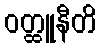
ဝတ္ထူနီတိ